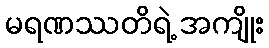
မရဏဿတိရဲ့ အကျိုး